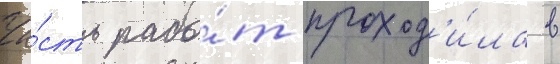
Ча́сть рабо́т проход'и́ла в